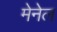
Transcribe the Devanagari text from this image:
मेनेल